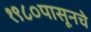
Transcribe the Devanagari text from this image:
१९८०पासूनचे